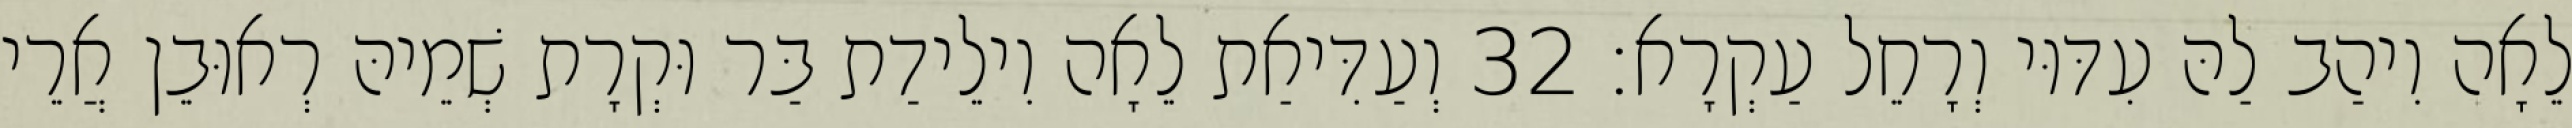
לֵאָה וִיהַב לַהּ עִדּוּי וְרָחֵל עַקְרָא׃ 32 וְעַדִּיאַת לֵאָה וִילֵידַת בַּר וּקְרָת שְׁמֵיהּ רְאוּבֵן אֲרֵי